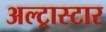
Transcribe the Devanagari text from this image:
अल्ट्रास्टार